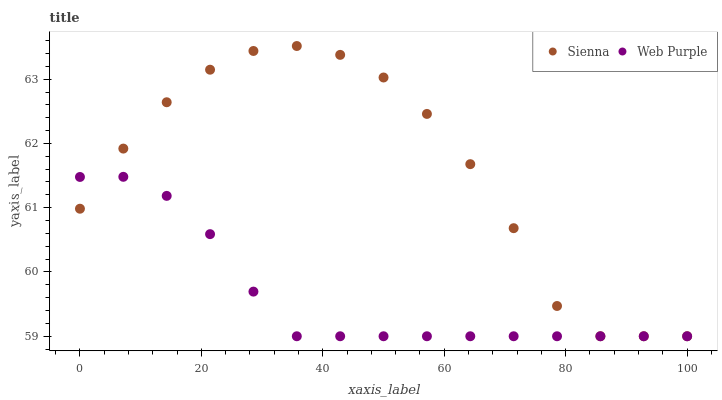
| xaxis_label | Sienna | Web Purple |
 | --- | --- | --- |
 | 0 | 61 | 61.5 |
 | 7.14 | 61.9 | 61.5 |
 | 14.3 | 62.6 | 61.2 |
 | 21.4 | 63.1 | 60.6 |
 | 28.6 | 63.4 | 59.7 |
 | 35.7 | 63.5 | 59 |
 | 42.9 | 63.4 | 59 |
 | 50 | 63 | 59 |
 | 57.1 | 62.5 | 59 |
 | 64.3 | 61.7 | 59 |
 | 71.4 | 60.7 | 59 |
 | 78.6 | 59.5 | 59 |
 | 85.7 | 59 | 59 |
 | 92.9 | 59 | 59 |
 | 100 | 59 | 59 |